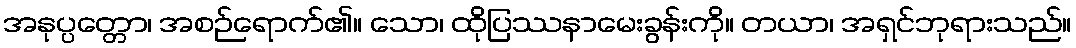
အနုပ္ပတ္တော၊ အစဉ်ရောက်၏။ သော၊ ထိုပြဿနာမေးခွန်းကို။ တယာ၊ အရှင်ဘုရားသည်။